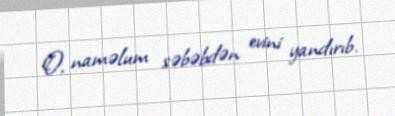
O, naməlum səbəbdən evini yandırıb.